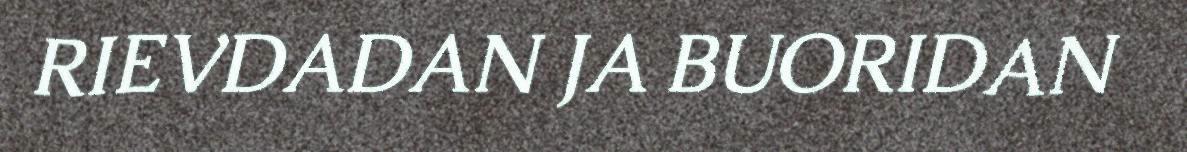
RIEVDADAN JA BUORIDAN